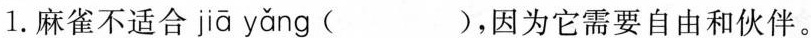
1.麻雀不适合 jiā yǎng ( )，因为它需要自由和伙伴。